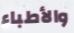
والأطباء